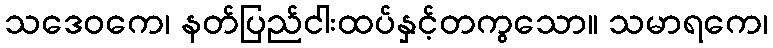
သဒေဝကေ၊ နတ်ပြည်ငါးထပ်နှင့်တကွသော။ သမာရကေ၊